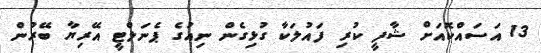
13 އަސައްކޮއަށް ޝާފީ ކުރި ފައުލަކާ ގުޅިގެން ނިއުގެ ޕެނަލްޓީ އޭރިޔާ ބޭރުން